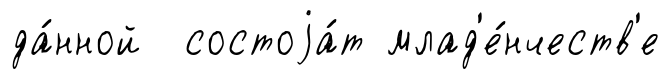
да́нной состоjа́т млад'е́нчеств'е